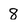
Character: 8